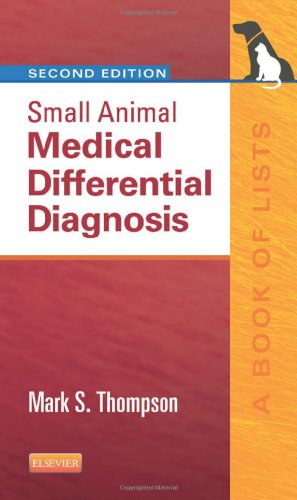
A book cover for Small Animal Medical Differential Diagnosis: A Book of Lists, 2e; Mark Thompson DVM  DABVP(Canine and Feline); Medical Books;